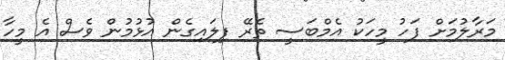
މަރާލުމަށް ފަހު މީހަކު އެމްބަސީ ތެރޭ ފިލައިގެން އުޅުމުން ވެސް އެ މީހާ